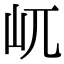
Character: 屼